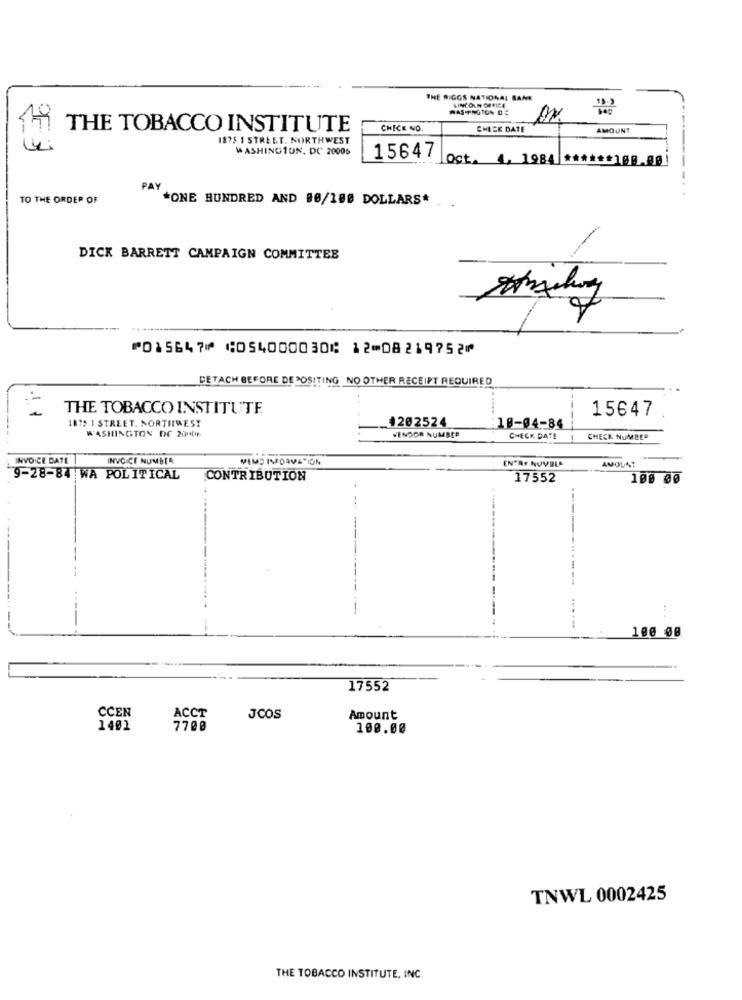
THE RIGGS NATIONAL BANK
LINCOLN OFFICE
WAS INGTON DE
THE TOBACCO INSTITUTE
CHECK NO.
CHECK DATE
AMOUNT
18'S I STREET. NORTHWEST
WASHINGTON, DC 20006
15647
lost. 4, 1984 ****** 100.00
TO THE ORDER OF
"+ONE HUNDRED AND 88/100 DOLLARS*
DICK BARRETT CAMPAIGN COMMITTEE
VA
⑈015647⑈ ⑆054000030⑆ 12⑉08219752⑈
DETACH BEFORE DEPOSITING NO OTHER RECEIPT REQUIRED
THE TOBACCO INSTITUTE
15647
1879 1 STREET. NORTIIWEST
+202524
WASHINGTON DC 2010
10-04-84
VENDOR NUMBER
CHECK DATE
CHECK NUMBER
INVOICE DATE
INVOICE NUMBER
MIMD INDAVATION
ENTRY NUVBL
AMOUNT
9-28-84 WA POLITICAL
CONTRIBUTION
17552
100 00
....
100 00
17552
CCEN
ACCT
JCOS
Amount
1401
7700
100.00
TNWL 0002425
THE TOBACCO INSTITUTE, INC.